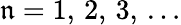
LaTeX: \mathfrak{n}=1,\, 2,\, 3,\, \ldots